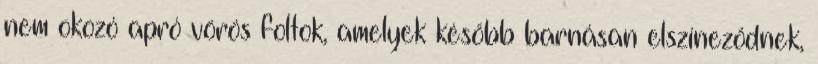
nem okozó apró vörös foltok, amelyek később barnásan elszíneződnek,